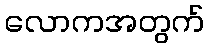
လောကအတွက်